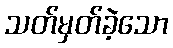
သတ်မှတ်ခဲ့သော